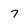
Character: 7